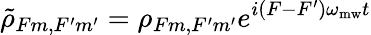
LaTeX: \tilde{\rho}_{Fm,F^{\prime}m^{\prime}}=\rho_{Fm,F^{\prime}m^{\prime}}e^{i(F-F^{\prime})\omega_{\mathrm{mw}}t}